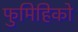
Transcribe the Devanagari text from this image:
फुमिहिको